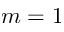
m = 1